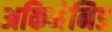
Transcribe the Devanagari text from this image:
अकिमेनिड